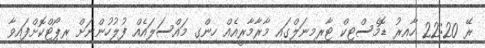
ރޭ 22:20 ހާއިރު ޑޮމެސްޓިކް ޓާރމިނަލްގައި މާރާމާރީއެއް ހިންގި މައްސަލައެއް ފުލުހުންނަށް ރިޕޯޓްކޮށްފައިވާ